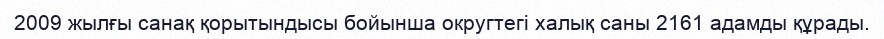
2009 жылғы санақ қорытындысы бойынша округтегі халық саны 2161 адамды құрады.